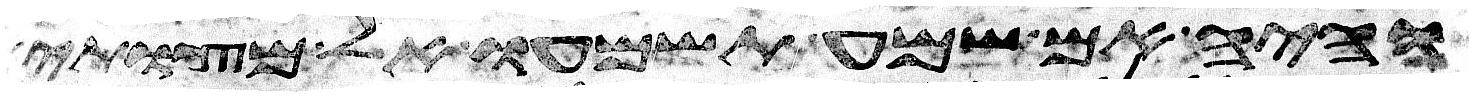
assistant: והיה אם שמע תשמעו אל מצותי